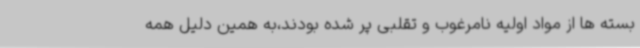
بسته ها از مواد اولیه نامرغوب و تقلبی پر شده بودند،به همین دلیل همه